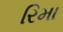
રિમા